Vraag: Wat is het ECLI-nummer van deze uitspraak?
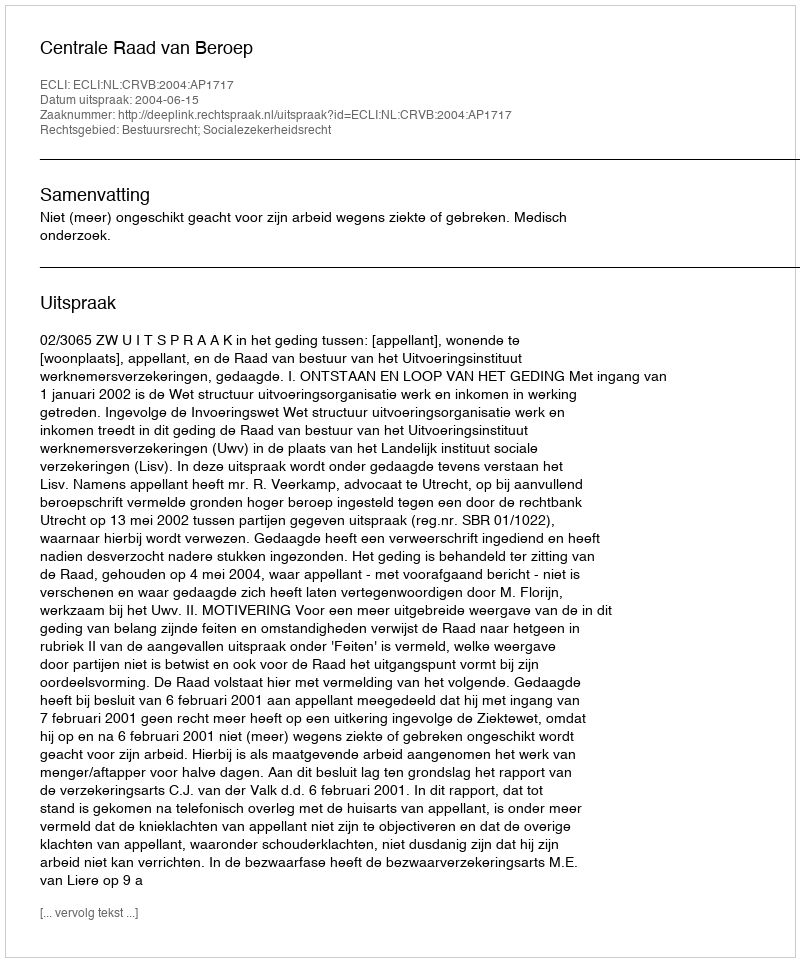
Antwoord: ECLI:NL:CRVB:2004:AP1717